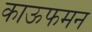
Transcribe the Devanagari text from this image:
काऊफमन